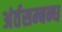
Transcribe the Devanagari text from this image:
अंर्तसम्बन्ध